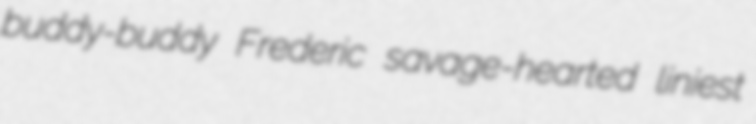
buddy-buddy Frederic savage-hearted liniest